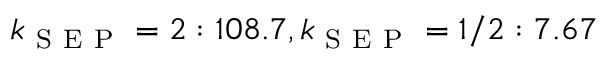
k _ { \mathrm { ~ S ~ E ~ P ~ } } = 2 : 1 0 8 . 7 , k _ { \mathrm { ~ S ~ E ~ P ~ } } = 1 / 2 : 7 . 6 7